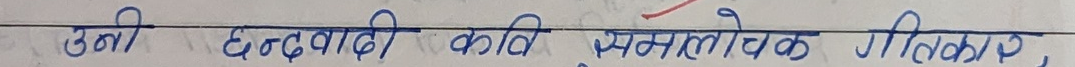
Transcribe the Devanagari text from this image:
उनी छन्दवादी कवि समलोचक गीतकार,